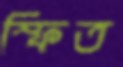
স্ফিত